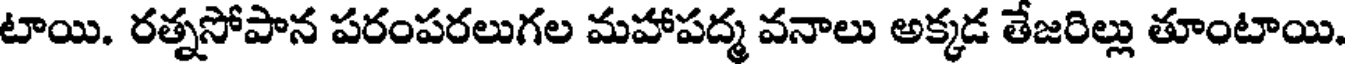
టాయి. రత్నసోపాన పరంపరలుగల మహాపద్మ వనాలు అక్కడ తేజరిల్లు తూంటాయి.